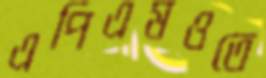
এপিএমওতে